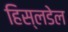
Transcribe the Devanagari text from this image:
हिस्लडेल